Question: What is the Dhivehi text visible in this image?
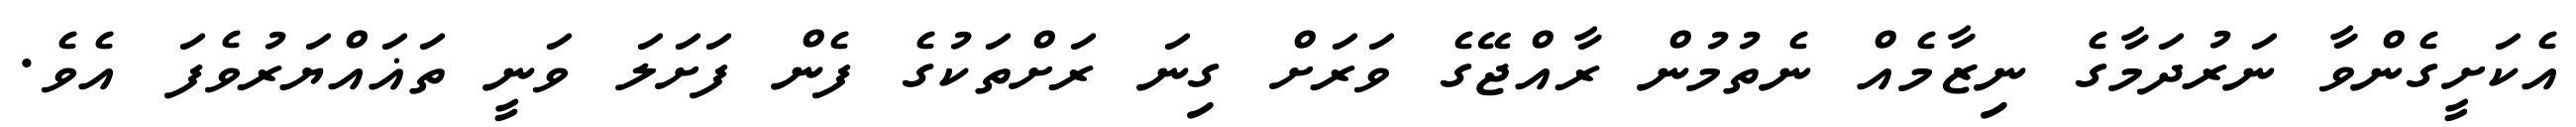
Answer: އެކަށީގެންވާ ނަރުދަމާގެ ނިޒާމެއް ނެތުމުން ރާއްޖޭގެ ވަރަށް ގިނަ ރަށްތަކުގެ ފެން ފަށަލަ ވަނީ ތަޣައްޔަރުވެފަ އެވެ.